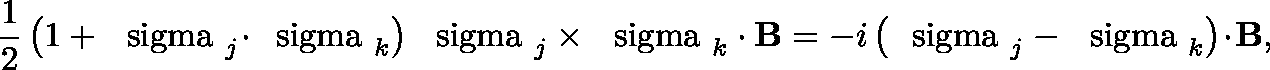
\frac { 1 } { 2 } \left( 1 + \mathrm { \boldmath ~ \ s i g m a ~ } _ { j } \! \cdot \! \mathrm { \boldmath ~ \ s i g m a ~ } _ { k } \right) \mathrm { \boldmath ~ \ s i g m a ~ } _ { j } \times \mathrm { \boldmath ~ \ s i g m a ~ } _ { k } \cdot { \bf B } = - i \left( \mathrm { \boldmath ~ \ s i g m a ~ } _ { j } - \mathrm { \boldmath ~ \ s i g m a ~ } _ { k } \right) \! \cdot \! { \bf B } ,